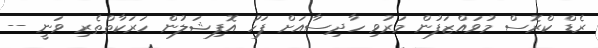
ރެޑް ކްރޮސް މުވައްޒަފުން މަރުވި ހާދިސާއަށް ފަހު އޮފިޝަލުން ހަރަކާތްތެރި ވަނީ --